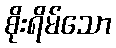
စိုးရိမ်သော